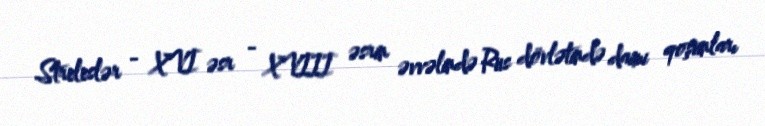
Streleslər - XVI əsr - XVIII əsrin əvvəlində Rus dövlətində daimi qoşunları